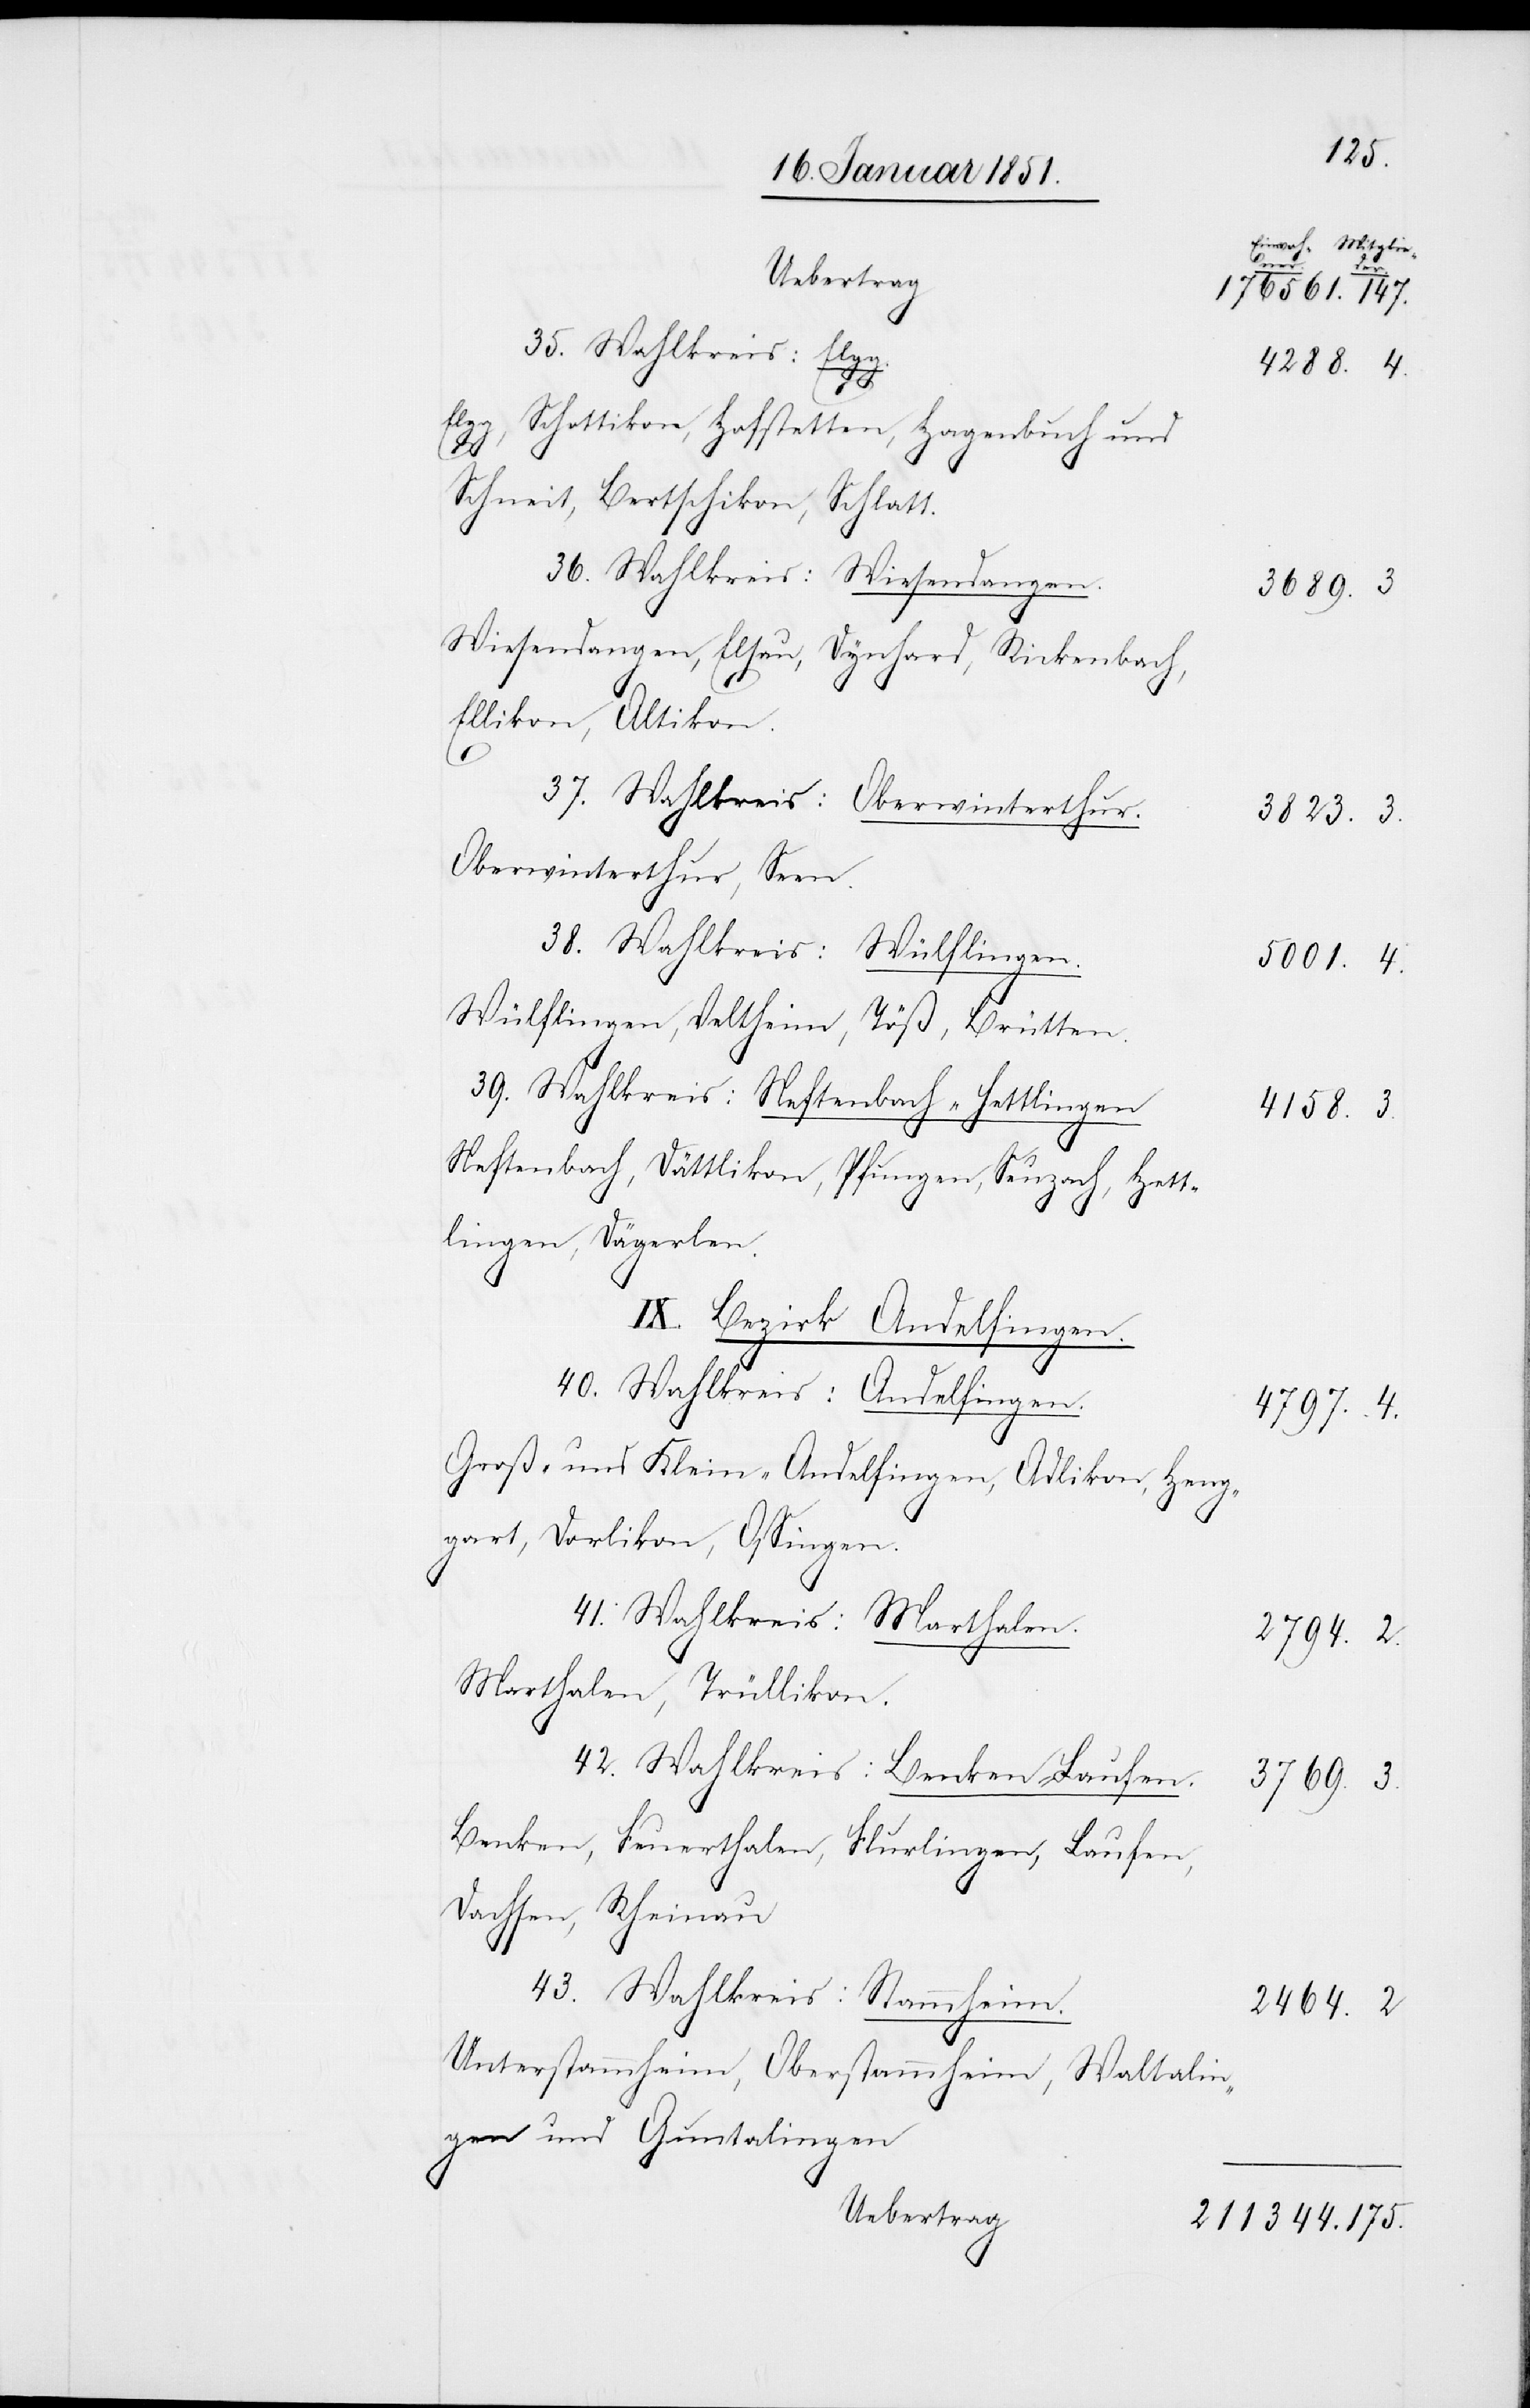
Uebertrag
176561.
35. Wahlkreis: Elgg.
211344.
175.
Elgg, Schottikon, Hofstetten, Hagenbuch und
3.
Schneit, Bertschikon, Schlatt.
36. Wahlkreis: Wiesendangen.
3689.
Wiesendangen, Elsau, Dynhard, Rickenbach,
Ellikon, Altikon.
37. Wahlkreis: Oberwinterthur.
3823.
Oberwinterthur, Seen.
38. Wahlkreis: Wülflingen.
5001.
Wülflingen, Veltheim, Töß, Brütten.
39. Wahlkreis: Neftenbach-Hettlingen
4158.
Neftenbach, Dättlikon, Pfungen, Seuzach, Hett¬
lingen, Dägerlen.
IX. Bezirk Andelfingen.
40. Wahlkreis: Andelfingen.
4797.
Groß- und Klein-Andelfingen, Adlikon, Heng¬
gart, Dorlikon, Ossingen.
41. Wahlkreis: Marthalen.
Marthalen, Trüllikon.
42. Wahlkreis:Benken-Laufen.
3769.
Benken, Feuerthalen, Flurlingen, Laufen,
Dachsen, Rheinau
43. Wahlkreis: Stammheim.
2464.
Unterstammheim, Oberstammheim, Waltalin¬
gen und Guntalingen
Uebertrag